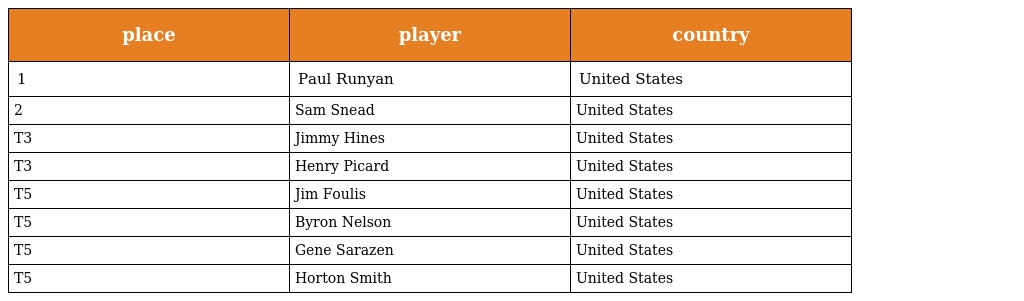
| place | player | country |
 | --- | --- | --- |
 | 1 | Paul Runyan | United States |
 | 2 | Sam Snead | United States |
 | T3 | Jimmy Hines | United States |
 | T3 | Henry Picard | United States |
 | T5 | Jim Foulis | United States |
 | T5 | Byron Nelson | United States |
 | T5 | Gene Sarazen | United States |
 | T5 | Horton Smith | United States |